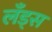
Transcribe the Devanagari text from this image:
लँड्स